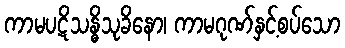
ကာမပဋိသန္ဓိသုခိနော၊ ကာမဂုဏ်နှင့်စပ်သော